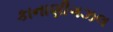
કાનાણીગઝલ